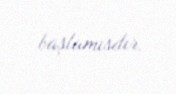
başlamısdır.